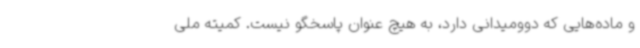
و ماده‌هایی که دوومیدانی دارد، به هیچ عنوان پاسخگو نیست. کمیته ملی